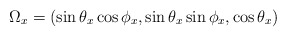
\begin{align*}\Omega_x=(\sin{\theta_x}\cos{\phi_x},\sin{\theta_x}\sin{\phi_x},\cos{\theta_x} )\end{align*}